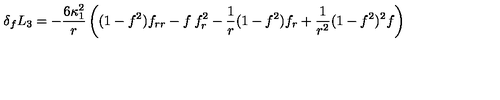
\delta _ { f } L _ { 3 } = - \frac { 6 \kappa _ { 1 } ^ { 2 } } { r } \left( ( 1 - f ^ { 2 } ) f _ { r r } - f \: f _ { r } ^ { 2 } - \frac { 1 } { r } ( 1 - f ^ { 2 } ) f _ { r } + \frac { 1 } { r ^ { 2 } } ( 1 - f ^ { 2 } ) ^ { 2 } f \right)